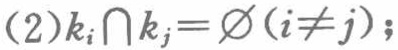
(2)$k_{i}\cap k_{j}=\varnothing(i\neq j)$;